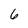
Character: 6